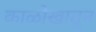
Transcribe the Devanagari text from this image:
काळोखातून